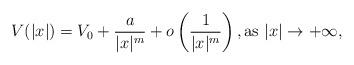
LaTeX: \begin{align*}V(|x|)=V_0 + \frac{a}{|x|^m} + o\left( \frac1{|x|^m}\right), \mbox{as} \ |x| \rightarrow +\infty,\end{align*}